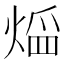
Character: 𤋠